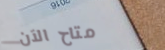
متاح الآن